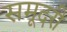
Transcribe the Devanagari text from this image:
समूदरी